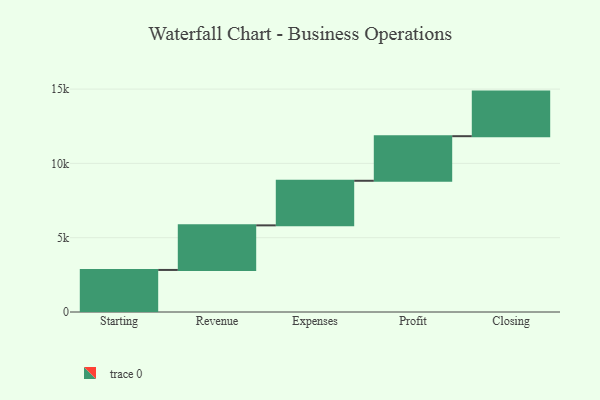
{"axis": {"x": "Step", "y": "Value"}, "legend": [""], "data": [{"x": "Starting", "y": 2830.0, "type": ""}, {"x": "Revenue", "y": 3000, "type": ""}, {"x": "Expenses", "y": 3000, "type": ""}, {"x": "Profit", "y": 3000, "type": ""}, {"x": "Closing", "y": 3000, "type": ""}]}